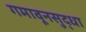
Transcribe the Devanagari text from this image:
गमावूनसुद्धा